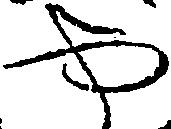
や